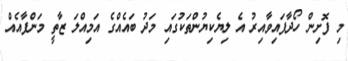
މި ފޮށިން ހޯދާފައިވާއިރު އެ ލިޔެކިޔުންތަކުގައި މަދު ބައެއްގެ އަމިއްލަ ޒާތީ މަންފާއެއް